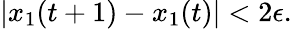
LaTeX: |x_{1}(t+1)-x_{1}(t)|<2\epsilon.